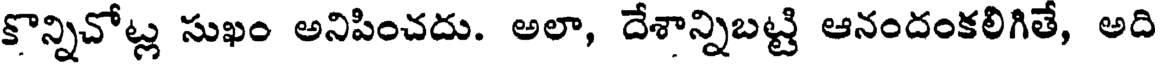
కొన్నిచోట్ల సుఖం అనిపించదు. అలా, దేశాన్నిబట్టి ఆనందంకలిగితే, అది